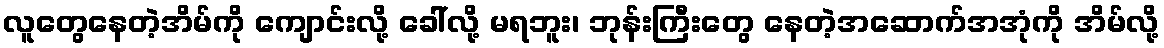
လူတွေနေတဲ့အိမ်ကို ကျောင်းလို့ ခေါ်လို့ မရဘူး၊ ဘုန်းကြီးတွေ နေတဲ့အဆောက်အအုံကို အိမ်လို့